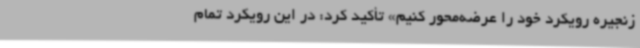
زنجیره رویکرد خود را عرضه‌محور کنیم» تأکید کرد: در این رویکرد تمام